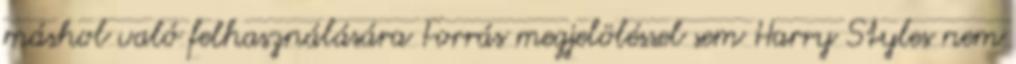
máshol való felhasználására Forrás megjelöléssel sem Harry Styles nem